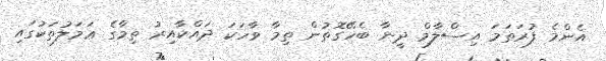
އެންމެ ފުރަތަމަ އިސްލާމް ދީނާ ބެހޭގޮތުން ތިމާ ވާހަކަ ދައްކާއިރު ތިމާގެ ޢަމަލުތަކުގައި